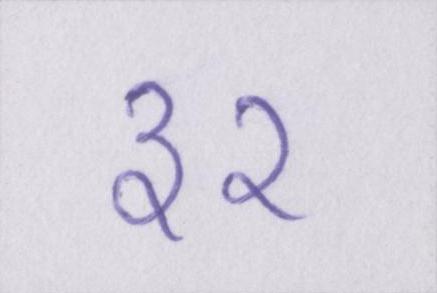
३२